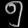
Digit: ၅